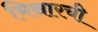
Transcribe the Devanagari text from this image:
मिनारची